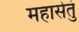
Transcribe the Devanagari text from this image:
महासेतुं